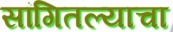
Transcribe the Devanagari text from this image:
सांगितल्याचा